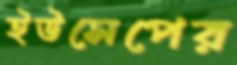
ইউসেপের